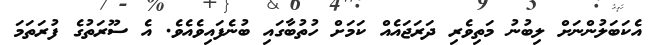
އެކަބަލުންނަށް ލިބުނު މަތިވެރި ދަރަޖައެއް ކަމަށް ހުތުބާގައި ބުނެފައިވެއެވެ. އެ ސޫރަތުގެ ފުރަތަމަ